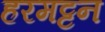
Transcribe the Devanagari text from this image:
हरमट्टन